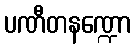
ပဏီတနဏ္ဍော